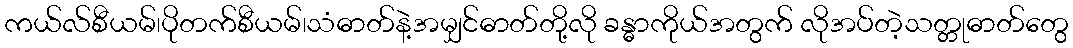
ကယ်လ်စီယမ်၊ပိုတက်စီယမ်၊သံဓာတ်နဲ့အမျှင်ဓာတ်တို့လို ခန္ဓာကိုယ်အတွက် လိုအပ်တဲ့သတ္တုဓာတ်တွေ